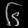
Digit: ၆